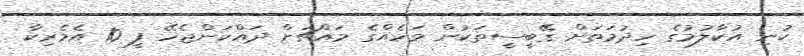
ކުނި އުކާލުމުގެ ހިދުމަތަށް ގޭބީސީތަކުން މަހެއްގެ މައްޗަށް ދައްކަންޖެހޭ ފީ 10 އެމެރިކާ